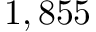
1 , 8 5 5